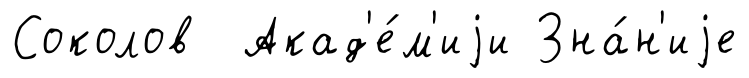
Соколов Акад'е́м'иjи Зна́н'иjе